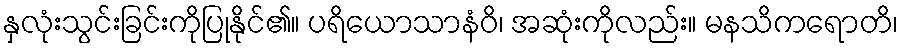
နှလုံးသွင်းခြင်းကိုပြုနိုင်၏။ ပရိယောသာနံဝိ၊ အဆုံးကိုလည်း။ မနသိကရောတိ၊